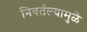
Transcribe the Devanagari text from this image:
निवर्तल्यामुळे